Annual report of the Imperial Bacteriological Laboratory, Muktesar
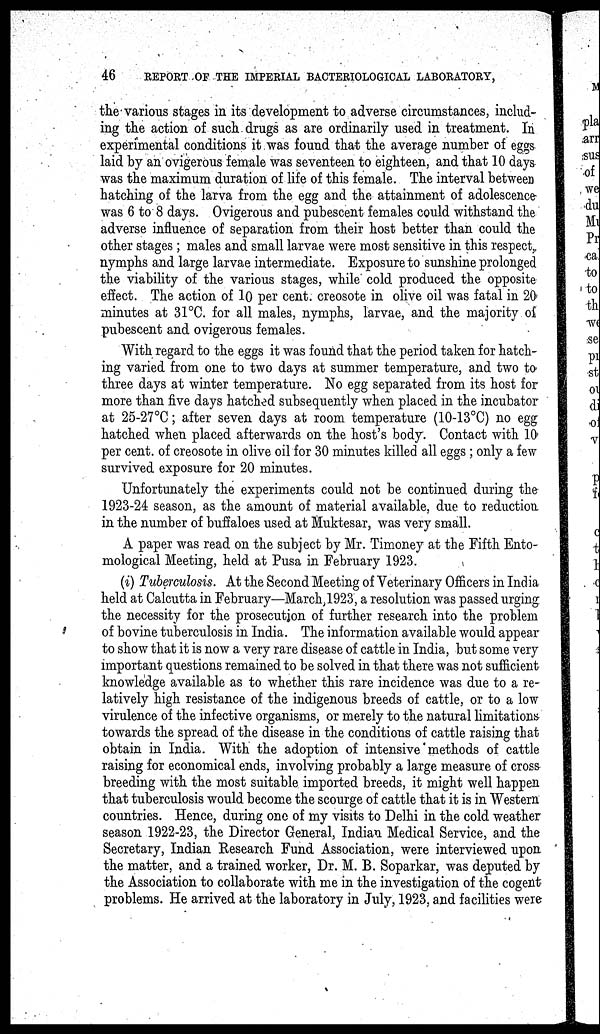
46
REPORT OF THE IMPERIAL BACTERIOLOGICAL LABORATORY,
the various stages in its development to adverse circumstances, includ-
ing the action of such drugs as are ordinarily used in treatment. In
experimental conditions it was found that the average number of eggs
laid by an ovigerous female was seventeen to eighteen, and that 10 days
was the maximum duration of life of this female. The interval between
hatching of the larva from the egg and the attainment of adolescence
was 6 to 8 days. Ovigerous and pubescent females could withstand the
adverse influence of separation from their host better than could the
other stages; males and small larvae were most sensitive in this respect,
nymphs and large larvae intermediate. Exposure to sunshine prolonged
the viability of the various stages, while cold produced the opposite
effect. The action of 10 per cent. creosote in olive oil was fatal in 20
minutes at 31°C. for all males, nymphs, larvae, and the majority of
pubescent and ovigerous females.
With regard to the eggs it was found that the period taken for hatch-
ing varied from one to two days at summer temperature, and two to
three days at winter temperature. No egg separated from its host for
more than five days hatched subsequently when placed in the incubator
at 25-27°C ; after seven days at room temperature (10-13°C) no egg
hatched when placed afterwards on the host's body. Contact with 10
per cent. of creosote in olive oil for 30 minutes killed all eggs; only a few
survived exposure for 20 minutes.
Unfortunately the experiments could not be continued during the
1923-24 season, as the amount of material available, due to reduction
in the number of buffaloes used at Muktesar, was very small.
A paper was read on the subject by Mr. Timoney at the Fifth Ento-
mological Meeting, held at Pusa in February 1923.
(i) Tuberculosis. At the Second Meeting of Veterinary Officers in India
held at Calcutta in February—March,1923, a resolution was passed urging
the necessity for the prosecution of further research into the problem
of bovine tuberculosis in India. The information available would appear
to show that it is now a very rare disease of cattle in India, but some very
important questions remained to be solved in that there was not sufficient
knowledge available as to whether this rare incidence was due to a re-
latively high resistance of the indigenous breeds of cattle, or to a low
virulence of the infective organisms, or merely to the natural limitations
towards the spread of the disease in the conditions of cattle raising that
obtain in India. With the adoption of intensive methods of cattle
raising for economical ends, involving probably a large measure of cross
breeding with the most suitable imported breeds, it might well happen
that tuberculosis would become the scourge of cattle that it is in Western
countries. Hence, during one of my visits to Delhi in the cold weather
season 1922-23, the Director General, Indian Medical Service, and the
Secretary, Indian Research Fund Association, were interviewed upon
the matter, and a trained worker, Dr. M. B. Soparkar, was deputed by
the Association to collaborate with me in the investigation of the cogent
problems. He arrived at the laboratory in July, 1923, and facilities were